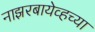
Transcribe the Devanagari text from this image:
नाझरबायेव्हच्या